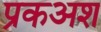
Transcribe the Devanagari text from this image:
प्रकअश